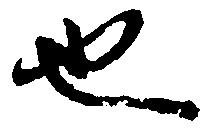
也